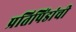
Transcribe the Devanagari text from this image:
प्रतिपिंडांची